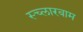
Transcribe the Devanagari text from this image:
स्च्लारबाम